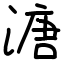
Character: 溏